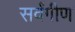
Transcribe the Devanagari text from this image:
सर्वंगीण